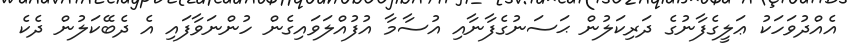
އެއްދުވަހަކު ޢަލީގެފާނުގެ ދަރިކަލުން ޙަސަނުގެފާނާއި އުސާމާ އުފުއްލަވައިގެން ހުންނަވާފައި އެ ދެބޭކަލުން ދެކެ